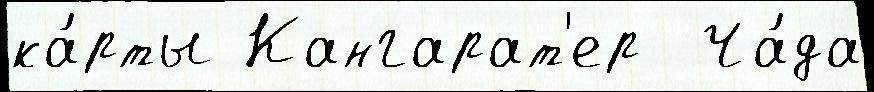
ка́рты Кангарат'ер  Ча́да